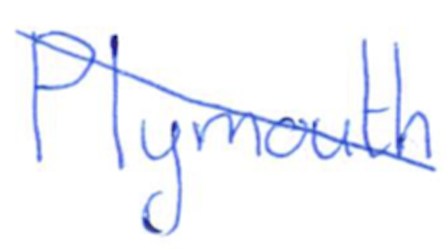
Text: Plymouth
Cross-out: diagonal
Writing tool: ballpoint